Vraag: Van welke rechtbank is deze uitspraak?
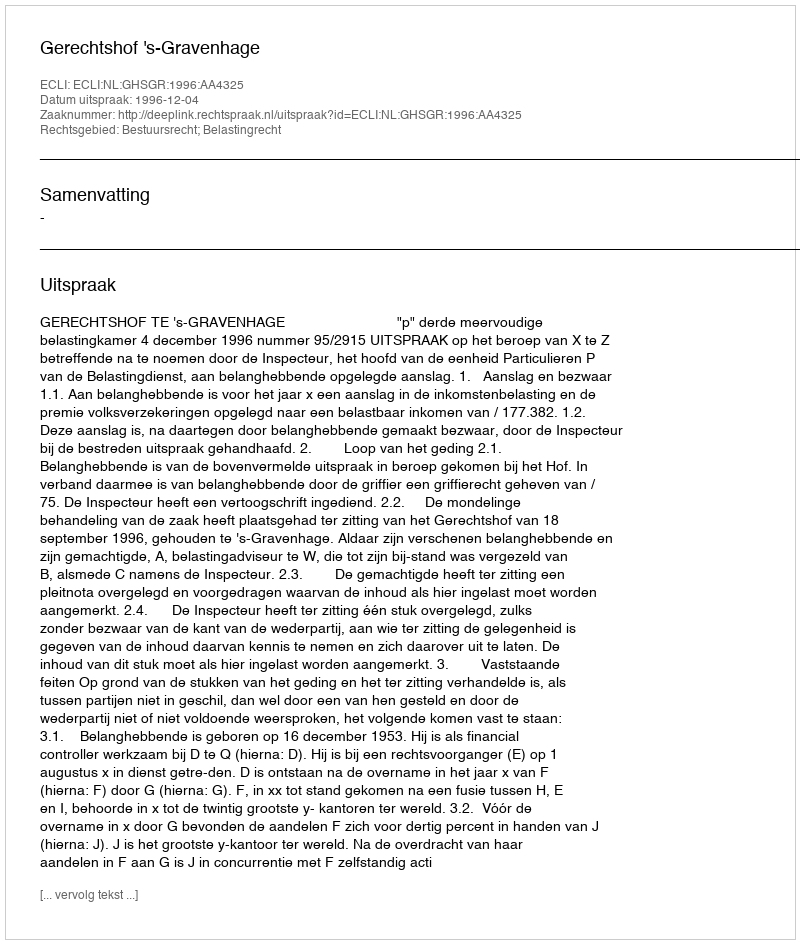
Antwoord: Gerechtshof 's-Gravenhage